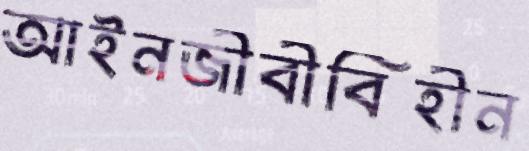
আইনজীবীবিহীন